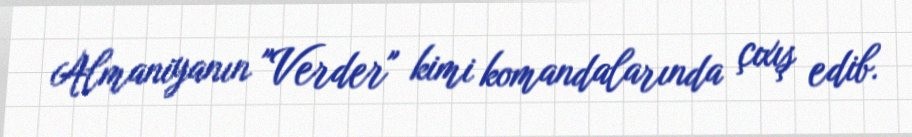
Almaniyanın "Verder" kimi komandalarında çıxış edib.